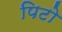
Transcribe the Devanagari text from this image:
पिटो